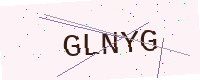
Text: GLNYG